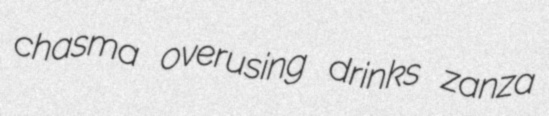
chasma overusing drinks zanza